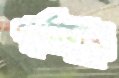
পূর্ণায়ুঃ